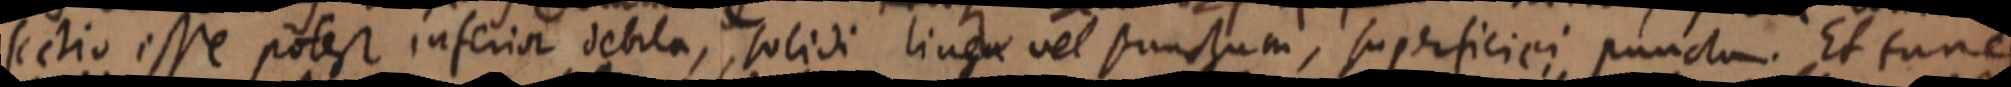
sectio esse potest inferior debila, solidi linea vel punctum, superficiei punctum. Et tunc